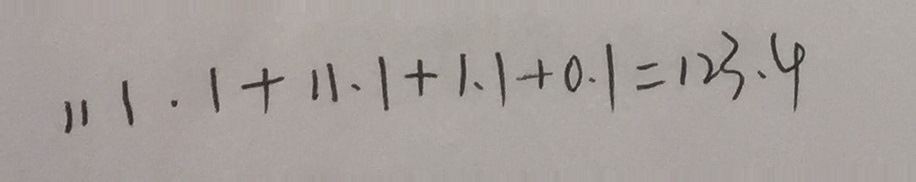
1 1 1 . 1 + 1 1 . 1 + 1 . 1 + 0 . 1 = 1 2 3 . 4